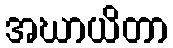
အဃာယိတာ